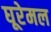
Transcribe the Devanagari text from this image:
घूरेमल